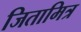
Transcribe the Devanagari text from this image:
जितामित्र